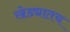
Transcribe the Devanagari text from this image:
खेड्यातच